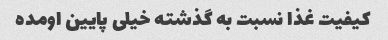
کیفیت غذا نسبت به گذشته خیلی پایین اومده